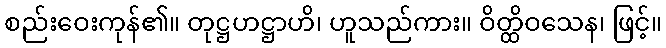
စည်းဝေးကုန်၏။ တုဋ္ဌဟဋ္ဌာဟိ၊ ဟူသည်ကား။ ဝိတ္ထိဝသေန၊ ဖြင့်။